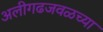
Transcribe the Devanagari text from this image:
अलीगढजवळच्या